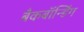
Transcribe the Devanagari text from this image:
बैकबॉंन्डिंग